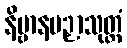
နိဗ္ဗာနပဉှာသုတ္တံ